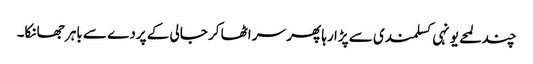
چند لمحے یونہی کسلمندی سے پڑا رہا پھر سر اٹھا کر جالی کے پردے سے باہر جھانکا۔